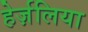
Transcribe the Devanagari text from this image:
हेर्ज़लिया